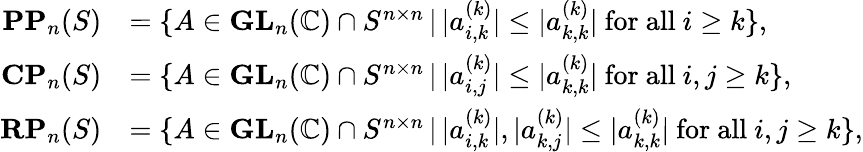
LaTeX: \begin{array}{rl}{\mathbf{PP}_{n}(S)}&{=\{ A\in\textbf{GL}_{n}(\mathbb{C})\cap S^{n\times n}\, |\, |a_{i,k}^{(k)}|\le|a_{k,k}^{(k)}|\mathrm{~for~all~}i\ge k\} ,}\\ {\mathbf{CP}_{n}(S)}&{=\{ A\in\textbf{GL}_{n}(\mathbb{C})\cap S^{n\times n}\, |\, |a_{i,j}^{(k)}|\le|a_{k,k}^{(k)}|\mathrm{~for~all~}i,j\ge k\} ,}\\ {\mathbf{RP}_{n}(S)}&{=\{ A\in\textbf{GL}_{n}(\mathbb{C})\cap S^{n\times n}\, |\, |a_{i,k}^{(k)}|,|a_{k,j}^{(k)}|\le|a_{k,k}^{(k)}|\mathrm{~for~all~}i,j\ge k\} ,}\end{array}